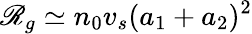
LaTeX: \mathscr{R}_{g}\simeq n_{0}v_{s}(a_{1}+a_{2})^{2}